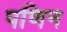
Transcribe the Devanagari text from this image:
पणिन